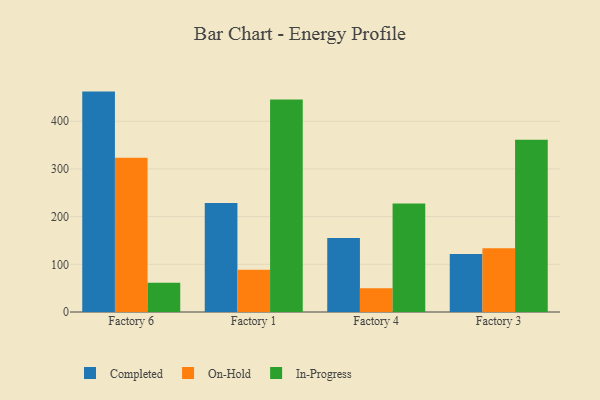
{"axis": {"x": "Factory", "y": "Page Views"}, "legend": ["Completed", "In-Progress", "On-Hold"], "data": [{"x": "Factory 6", "y": 462.2, "type": "Completed"}, {"x": "Factory 6", "y": 323.3, "type": "On-Hold"}, {"x": "Factory 6", "y": 61.1, "type": "In-Progress"}, {"x": "Factory 1", "y": 228.7, "type": "Completed"}, {"x": "Factory 1", "y": 88.5, "type": "On-Hold"}, {"x": "Factory 1", "y": 445.6, "type": "In-Progress"}, {"x": "Factory 4", "y": 155.2, "type": "Completed"}, {"x": "Factory 4", "y": 50.0, "type": "On-Hold"}, {"x": "Factory 4", "y": 227.5, "type": "In-Progress"}, {"x": "Factory 3", "y": 121.5, "type": "Completed"}, {"x": "Factory 3", "y": 133.5, "type": "On-Hold"}, {"x": "Factory 3", "y": 361.1, "type": "In-Progress"}]}